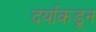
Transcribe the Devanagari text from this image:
दर्याकडून